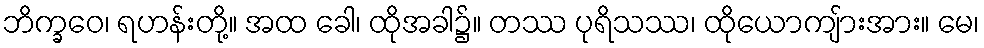
ဘိက္ခဝေ၊ ရဟန်းတို့။ အထ ခေါ၊ ထိုအခါ၌။ တဿ ပုရိသဿ၊ ထိုယောကျ်ားအား။ မေ၊